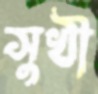
সুখী